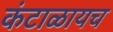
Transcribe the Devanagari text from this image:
कंटाळायच